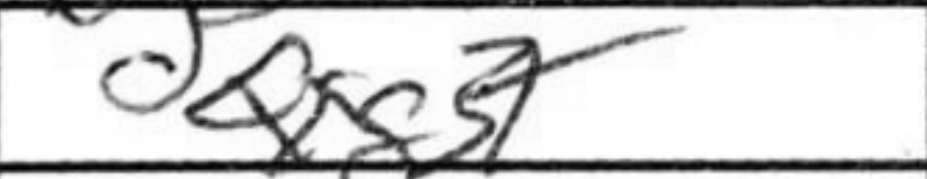
Transcription: Qxg5